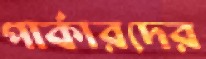
পার্কারদের